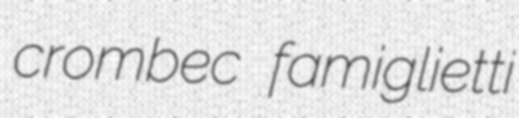
crombec famiglietti